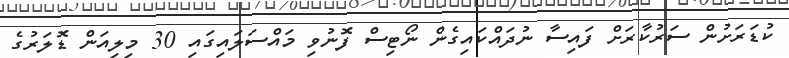
ކުޑަރަށުން ސަރުކާރަށް ފައިސާ ނުދައްކައިގެން ނޯޓިސް ފޮނުވި މައްސަލައިގައި 30 މިލިއަން ޑޮލަރުގެ